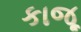
કાજૂ